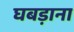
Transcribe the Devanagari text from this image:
घबड़ाना